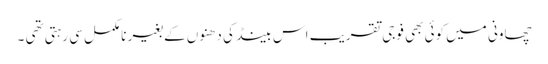
چھاونی میں کوئی بھی فوجی تقریب اس بینڈ کی دھنوں کے بغیر نامکمل سی رہتی تھی ۔